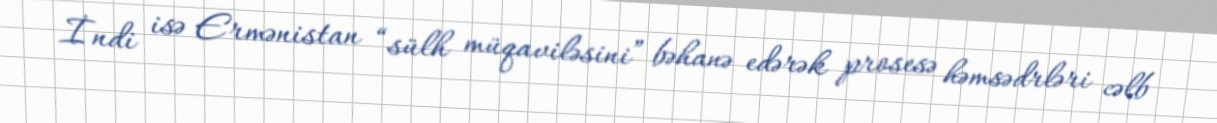
İndi isə Ermənistan “sülh müqaviləsini” bəhanə edərək prosesə həmsədrləri cəlb